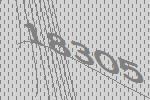
18305